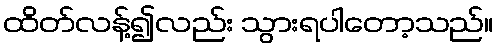
ထိတ်လန့်၍လည်း သွားရပါတော့သည်။